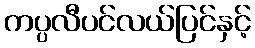
ကပ္ပလီပင်လယ်ပြင်နှင့်